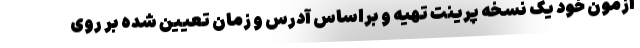
آزمون خود یک نسخه پرینت تهیه و براساس آدرس و زمان تعیین شده بر روی